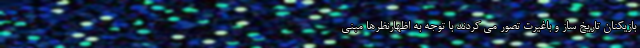
بازیکنان تاریخ ساز و باغیرت تصور می کردند با توجه به اظهارنظرها مبنی